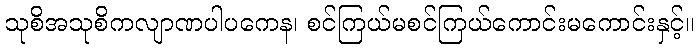
သုစိအသုစိကလျာဏပါပကေန၊ စင်ကြယ်မစင်ကြယ်ကောင်းမကောင်းနှင့်။